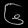
Digit: ၆